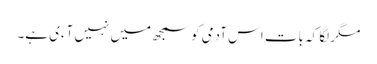
مگر لگا کہ بات اس آدمی کو سمجھ میں نہیں آءی ہے۔